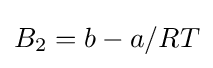
B_{2}=b-a/RT